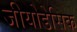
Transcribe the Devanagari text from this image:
जीयोडेसिक